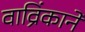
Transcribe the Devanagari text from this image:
वाव्रिंकाने